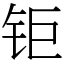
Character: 钜